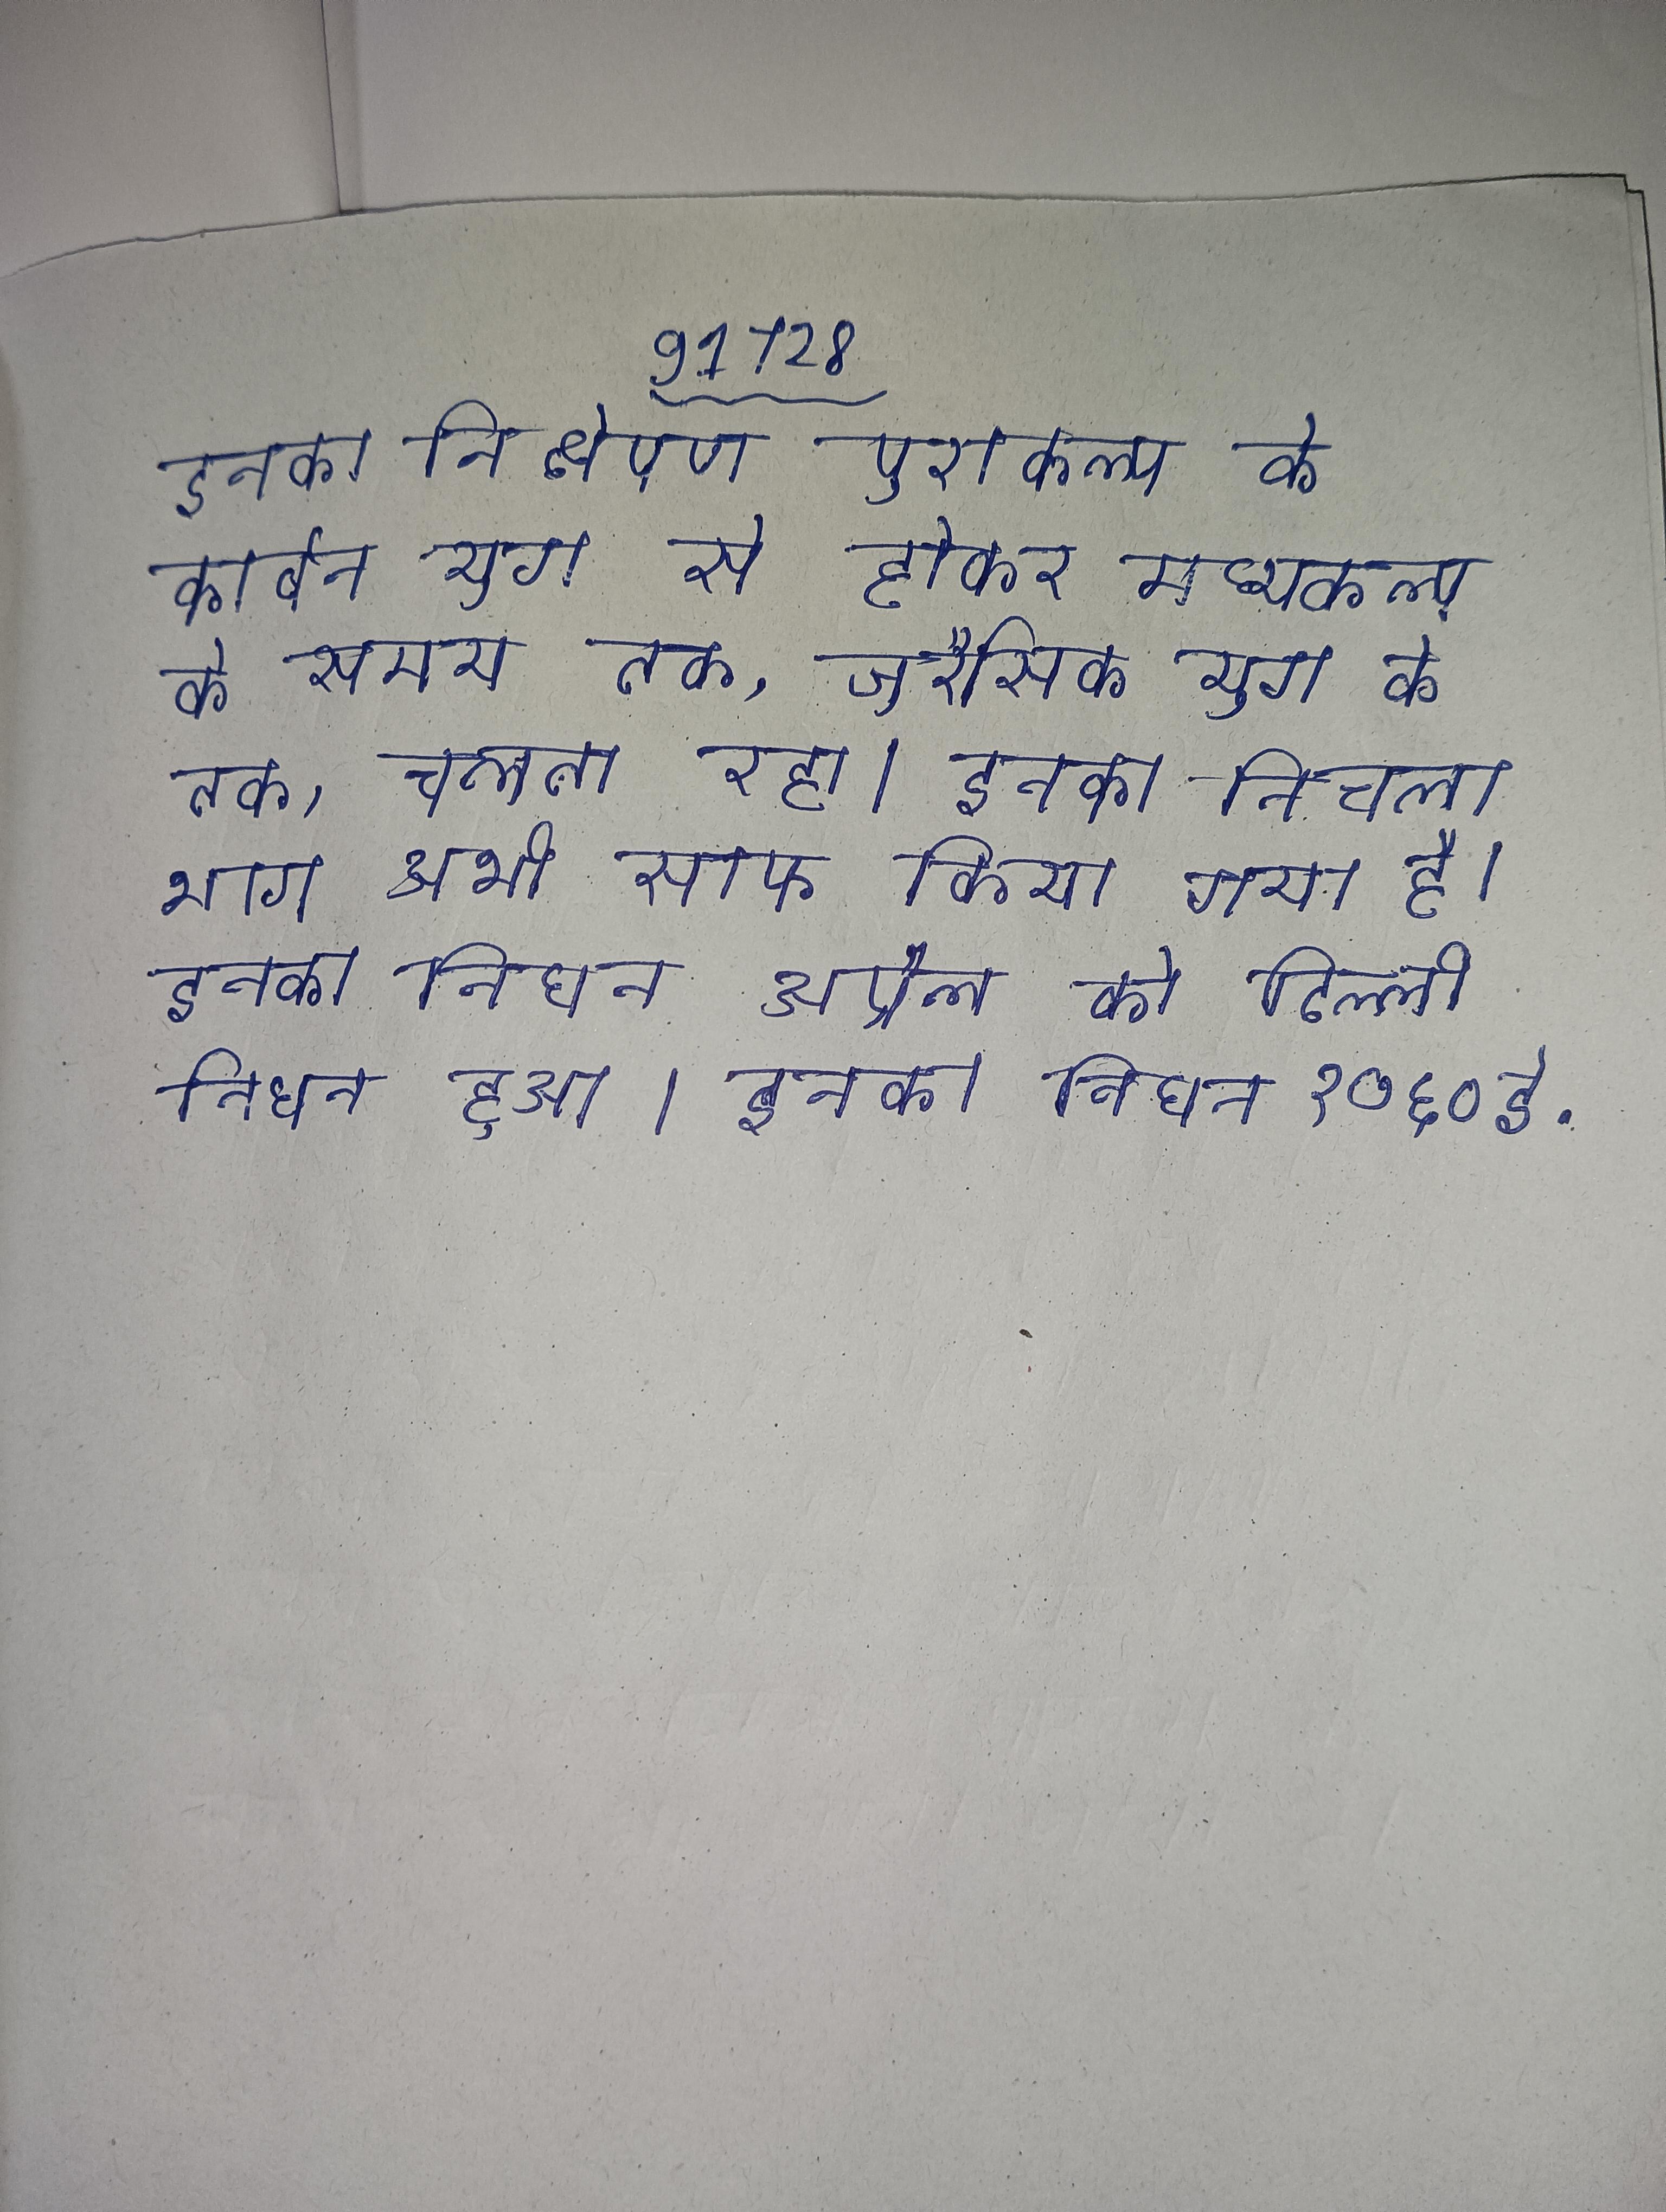
इनका निक्षेपण पुराकल्प के काल से कार्बन युग से होकर मध्यकल्प के समय तक, जुरैसिक युग के तक, चलता रहा । इनका निचला भाग अभी साफ किया गया है । इनका निधन अप्रैल को दिल्ली निधन हुआ । इनका निधन १७६० ई.